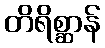
တိရိစ္ဆာန်